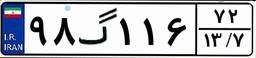
۹۸گ۱۱۶۷۲